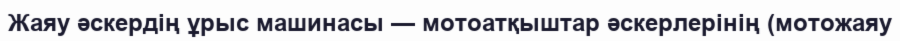
Жаяу әскердің ұрыс машинасы — мотоатқыштар әскерлерінің (мотожаяу